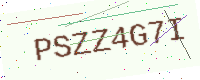
Text: PSZZ4G7I